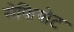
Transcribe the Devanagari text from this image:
सेफियोट